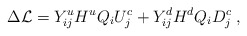
\begin{align*}\Delta{\cal L}= Y_{ij}^u H^u Q_{i} U_{j}^c + Y_{ij}^d H^d Q_{i} D_{j}^c \;,\end{align*}